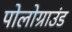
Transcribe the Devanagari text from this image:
पोलोग्राउंड